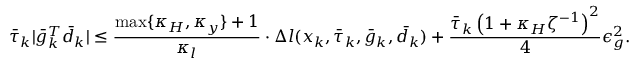
\bar { \tau } _ { k } | \bar { g } _ { k } ^ { T } \bar { d } _ { k } | \leq \frac { \operatorname* { m a x } \{ \kappa _ { H } , \kappa _ { y } \} + 1 } { \kappa _ { l } } \cdot \Delta l ( x _ { k } , \bar { \tau } _ { k } , \bar { g } _ { k } , \bar { d } _ { k } ) + \frac { \bar { \tau } _ { k } \left( 1 + \kappa _ { H } \zeta ^ { - 1 } \right) ^ { 2 } } { 4 } \epsilon _ { g } ^ { 2 } .